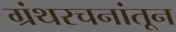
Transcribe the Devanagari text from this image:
ग्रंथरचनांतून